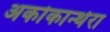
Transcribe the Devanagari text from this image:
अकोकान्थेरा